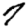
Digit: 7